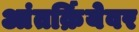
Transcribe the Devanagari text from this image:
आंतर्क्रियेवर